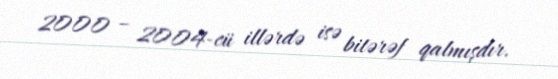
2000 – 2004-cü illərdə isə bitərəf qalmışdır.